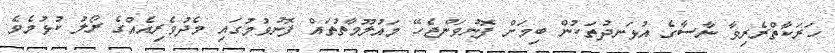
ހަރަކާތްރެރިވާ ނާސާގެ އުޅަނދުތަކުން ބިމަށް ފޮނުވަންޖެހޭ މައުލޫމާތުތައް ފޮނުވުމުގައި މެދުވެރިއެއްގެ ރޯލު ކުޅުމެވެ.